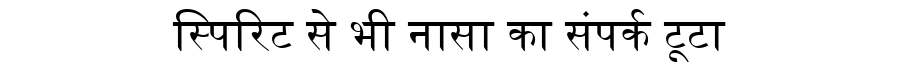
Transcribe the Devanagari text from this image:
स्पिरिट से भी नासा का संपर्क टूटा